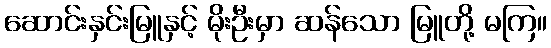
ဆောင်းနှင်းမြူနှင့် မိုးဦးမှာ ဆန်သော မြူတို့ မကြ။